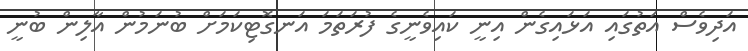
އަދިވެސް އަތުގައި އަޅައިގެން އިނީ ކައިވެނީގެ ފުރަތަމަ އަނގޮޓިކަމަށް ބުނަމުން އާލިން ބުނީ